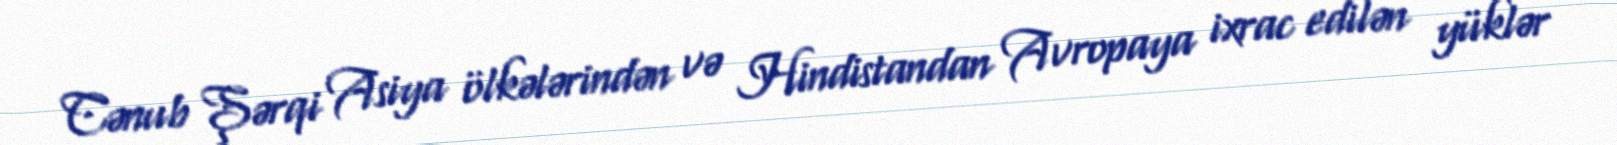
Cənub Şərqi Asiya ölkələrindən və Hindistandan Avropaya ixrac edilən yüklər